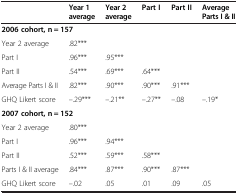
<table><thead><tr><td><b> </b></td><td><b>Year 1 average</b></td><td><b>Year 2 average</b></td><td><b>Part I</b></td><td><b>Part II</b></td><td><b>Average Parts I &amp; II</b></td></tr></thead><tbody><tr><td><b>2006 cohort, n = 157</b></td><td> </td><td> </td><td> </td><td> </td><td> </td></tr><tr><td>Year 2 average</td><td>.82***</td><td> </td><td> </td><td> </td><td> </td></tr><tr><td>Part I</td><td>.96***</td><td>.95***</td><td> </td><td> </td><td> </td></tr><tr><td>Part II</td><td>.54***</td><td>.69***</td><td>.64***</td><td> </td><td> </td></tr><tr><td>Average Parts I &amp; II</td><td>.82***</td><td>.90***</td><td>.90***</td><td>.91***</td><td> </td></tr><tr><td>GHQ Likert score</td><td>–.29***</td><td>–.21**</td><td>–.27**</td><td>–.08</td><td>–.19*</td></tr><tr><td><b>2007 cohort, n = 152</b></td><td> </td><td> </td><td> </td><td> </td><td> </td></tr><tr><td>Year 2 average</td><td>.80***</td><td> </td><td> </td><td> </td><td> </td></tr><tr><td>Part I</td><td>.96***</td><td>.94***</td><td> </td><td> </td><td> </td></tr><tr><td>Part II</td><td>.52***</td><td>.59***</td><td>.58***</td><td> </td><td> </td></tr><tr><td>Parts I &amp; II average</td><td>.84***</td><td>.87***</td><td>.90***</td><td>.87***</td><td> </td></tr><tr><td>GHQ Likert score</td><td>–.02</td><td>.05</td><td>.01</td><td>.09</td><td>.05</td></tr></tbody></table>